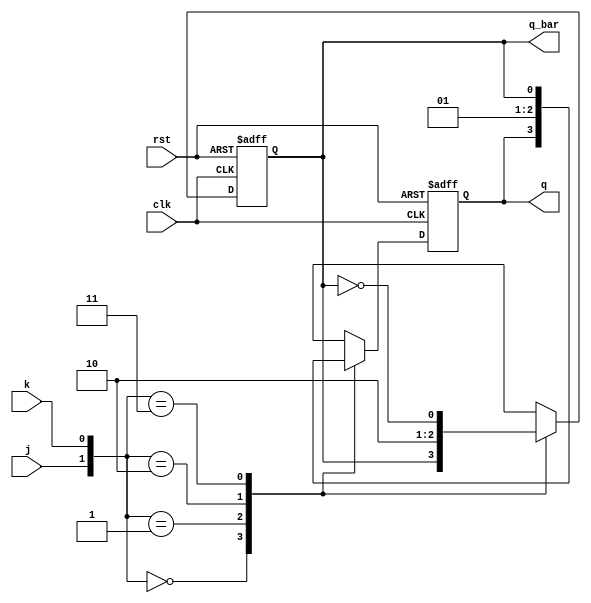
module jkff(j,k,clk,rst,q,q_bar);
  input j,k,rst,clk;
  output reg q,q_bar;
  always @(posedge clk,posedge rst)
  begin
    if(rst)
      begin q=0;q_bar=1; end
    else
      begin
        case({j,k})
          2'b00: begin q=q;q_bar=q_bar; end
          2'b01: begin q=0;q_bar=1; end
          2'b10: begin q=1;q_bar=0; end
          2'b11: begin q=q_bar;q_bar=~q; end
        endcase
      end
  end
endmodule

module jkff_tb;
  reg j,k,clk,rst;
  wire q,q_bar;
  integer i;
  jkff JK(j,k,clk,rst,q,q_bar);
  
  always
  #5 clk=~clk;
  
  initial
  begin
    j=0;k=0;rst=1;clk=0;#10;
    for(i=2'b0;i<4;i=i+1)
    begin
      rst=0;
      {j,k}=i;#10;
    end
  end
endmodule